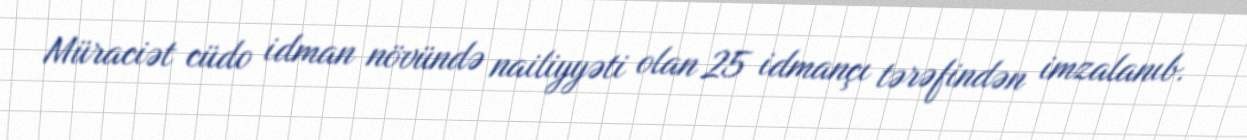
Müraciət cüdo idman növündə nailiyyəti olan 25 idmançı tərəfindən imzalanıb.